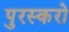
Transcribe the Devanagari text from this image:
पुरस्करो